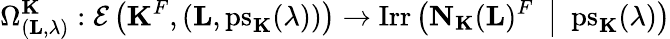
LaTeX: \Omega_{({\mathbf{L}},\lambda)}^{\mathbf{K}}:{\mathcal{E}}\left({\mathbf{K}}^{F},({\mathbf{L}},{\mathrm{ps}_{\mathbf{K}}(\lambda)})\right)\to\mathrm{Irr}\left({\mathbf{N}}_{\mathbf{K}}({\mathbf{L}})^{F}\enspace\middle|\enspace{\mathrm{ps}_{\mathbf{K}}(\lambda)}\right)